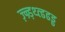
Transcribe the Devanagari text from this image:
ज़्न्र्ड़थ्त्ढढड्ढ